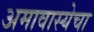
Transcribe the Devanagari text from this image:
अमावास्येचा